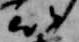
以